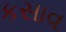
કસાવ